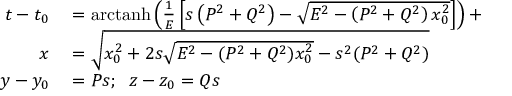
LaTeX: \begin{array} { r l } { t - t _ { 0 } } & { { } = \operatorname { a r c t a n h } \left( { \frac { 1 } { E } } \left[ s \left( P ^ { 2 } + Q ^ { 2 } \right) - { \sqrt { E ^ { 2 } - \left( P ^ { 2 } + Q ^ { 2 } \right) x _ { 0 } ^ { 2 } } } \right] \right) + } \\ { x } & { { } = { \sqrt { x _ { 0 } ^ { 2 } + 2 s { \sqrt { E ^ { 2 } - ( P ^ { 2 } + Q ^ { 2 } ) x _ { 0 } ^ { 2 } } } - s ^ { 2 } ( P ^ { 2 } + Q ^ { 2 } ) } } } \\ { y - y _ { 0 } } & { { } = P s ; \; \; z - z _ { 0 } = Q s } \end{array}